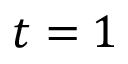
t = 1